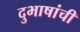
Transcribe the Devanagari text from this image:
दुभाषांची